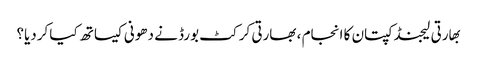
بهارتی لیجنڈ کپتان کا انجام ، بھارتی کرکٹ بورڈ نے دھونی کیساتھ کیا کردیا؟